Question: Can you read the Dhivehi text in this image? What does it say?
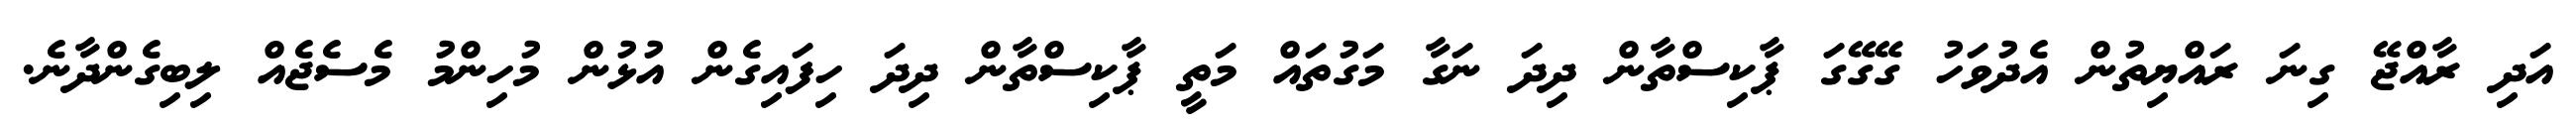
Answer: އަދި ރާއްޖޭ ގިނަ ރައްޔިތުން އެދުވަހު ގޭގޭގަ ޕާކިސްތާން ދިދަ ނަގާ މަގުތައް މަތީ ޕާކިސްތާން ދިދަ ހިފައިގެން އުޅުން މުހިންމު މެސެޖެއް ލިބިގެންދާނެ.